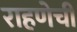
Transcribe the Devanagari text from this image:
राहणेची